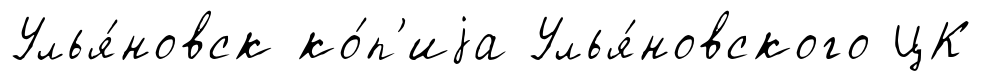
Улья́новск ко́п'иjа Улья́новского ЦК